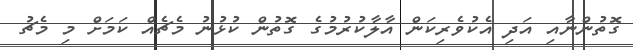
ގޮތުންނާއި އަދި އެކުވެރިކަން އާލާކުރުމުގެ ގޮތުން ކުޅުނު މެޗެއް ކަމަށް މި މެޗު